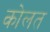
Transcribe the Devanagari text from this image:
कोलत